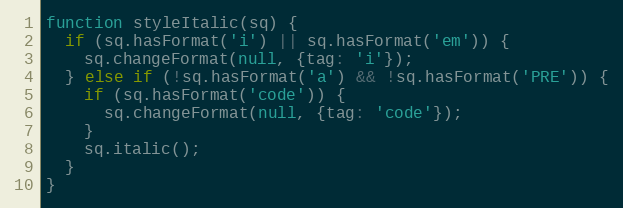
Language: JavaScript
function styleItalic(sq) {
  if (sq.hasFormat('i') || sq.hasFormat('em')) {
    sq.changeFormat(null, {tag: 'i'});
  } else if (!sq.hasFormat('a') && !sq.hasFormat('PRE')) {
    if (sq.hasFormat('code')) {
      sq.changeFormat(null, {tag: 'code'});
    }
    sq.italic();
  }
}